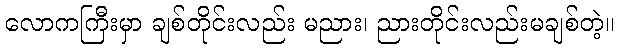
လောကကြီးမှာ ချစ်တိုင်းလည်း မညား၊ ညားတိုင်းလည်းမချစ်တဲ့။